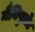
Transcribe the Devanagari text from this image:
मैनिपुलेट